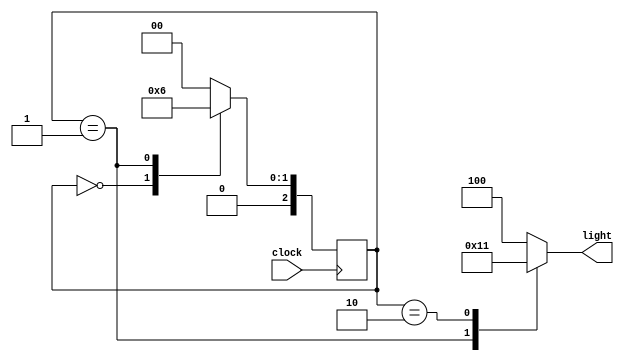
// Simple Traffic Light Controller 
// light => output , clock => input 
module light_controller(light, clock)  ; 
    input clock ; 
    output reg [2:0]light ;  
    reg [2:0] state ; 
    parameter S0 = 0 , S1 =1 , S2 = 2; 
    parameter RED = 3'b100 , GREEN = 3'b010 , YELLOW = 3'b001 ;

    always@(posedge clock)
        begin
            case (state) 
                S0 : state <= S1 ; 
                S1 : state <= S2 ; 
                S2 : state <= S0 ;  
                default  : state <= S0 ; 
            endcase 
        end 
    always @(state)
        begin
            case (state) 
                S0 : light <= RED ; 
                S1 : light <= GREEN ; 
                S2 : light <= YELLOW ;  
                default  : light <= RED ; 
            endcase 
        end
endmodule